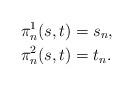
LaTeX: \begin{align*}\pi^1_n(s,t) & = s_n, \\\pi^2_n(s,t) & = t_n.\end{align*}